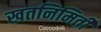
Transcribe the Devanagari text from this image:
खतनिमिर्ती